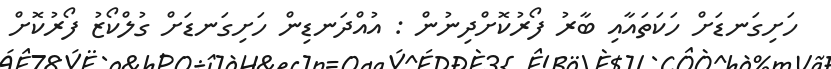
ހަށިގަނޑަށް ހަކަތައާއި ބާރު ފޯރުކޮށްދިނުން : އުއްދަނޑިން ހަށިގަނޑަށް ގުލްކޯޒު ފޯރުކޮށް